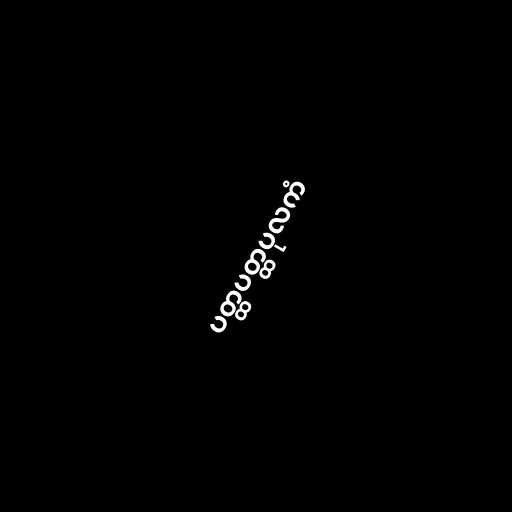
ပတ္ထပတ္ထပုလကံ